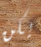
يكن